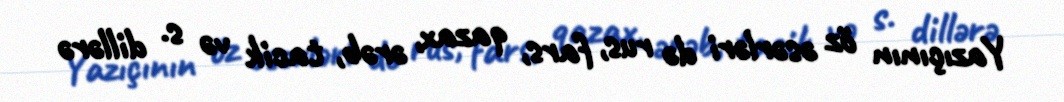
Yazıçının öz əsərləri də rus, fars, qazax, ərəb, tacik və s. dillərə